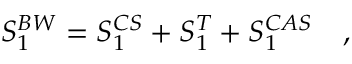
S _ { 1 } ^ { B W } = S _ { 1 } ^ { C S } + S _ { 1 } ^ { T } + S _ { 1 } ^ { C A S } ~ ~ ~ ,